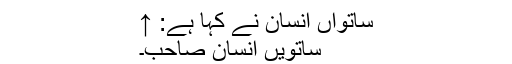
ساتواں انسان نے کہا ہے: ↑
ساتویں انسان صاحب۔